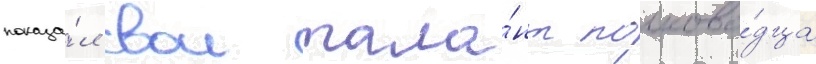
показа́л свои тала́нт полково́дца